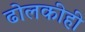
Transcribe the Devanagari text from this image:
ढोलकीही